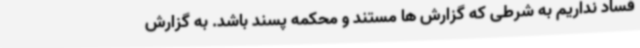
فساد نداریم به شرطی که گزارش ها مستند و محکمه پسند باشد. به گزارش